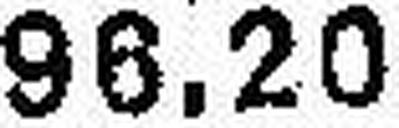
96.20